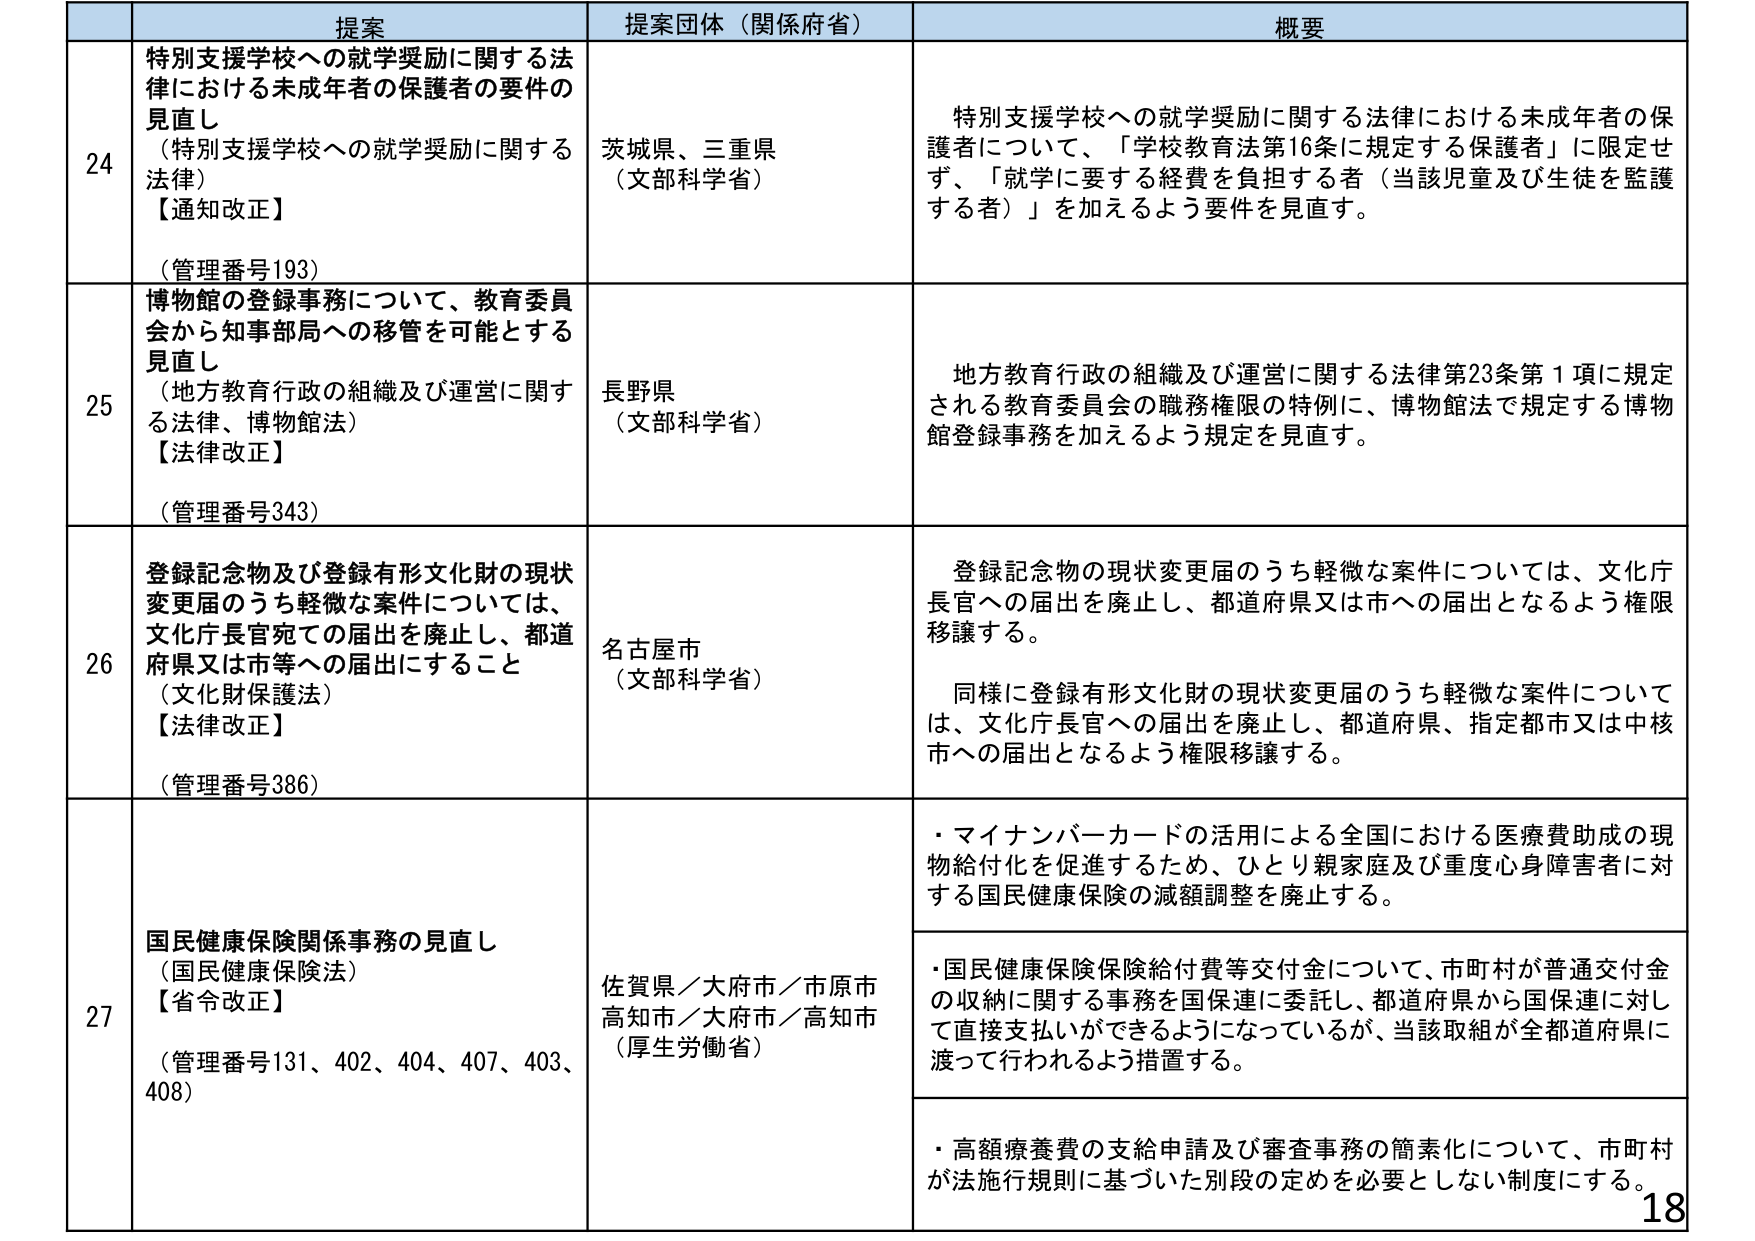
提案
提案団体（関係府省）
概要

24
特別支援学校への就学奨励に関する法律における未成年者の保護者の要件の見直し
（特別支援学校への就学奨励に関する法律）
【通知改正】
（管理番号193）
茨城県、三重県
（文部科学省）
特別支援学校への就学奨励に関する法律における未成年者の保護者について、「学校教育法第16条に規定する保護者」に限定せず、「就学に要する経費を負担する者（当該児童及び生徒を監護する者）」を加えるよう要件を見直す。

25
博物館の登録事務について、教育委員会から知事部局への移管を可能とする見直し
（地方教育行政の組織及び運営に関する法律、博物館法）
【法律改正】
（管理番号343）
長野県
（文部科学省）
地方教育行政の組織及び運営に関する法律第23条第1項に規定される教育委員会の職務権限の特例に、博物館法で規定する博物館登録事務を加えるよう規定を見直す。

26
登録記念物及び登録有形文化財の現状変更届のうち軽微な案件については、文化庁長官宛ての届出を廃止し、都道府県又は市等への届出にすること
（文化財保護法）
【法律改正】
（管理番号386）
名古屋市
（文部科学省）
登録記念物の現状変更届のうち軽微な案件については、文化庁長官への届出を廃止し、都道府県又は市への届出となるよう権限移譲する。
同様に登録有形文化財の現状変更届のうち軽微な案件については、文化庁長官への届出を廃止し、都道府県、指定都市又は中核市への届出となるよう権限移譲する。

27
国民健康保険関係事務の見直し
（国民健康保険法）
【省令改正】
（管理番号131、402、404、407、403、408）
佐賀県／大府市／市原市
高知市／大府市／高知市
（厚生労働省）
・マイナンバーカードの活用による全国における医療費助成の現物給付化を促進するため、ひとり親家庭及び重度心身障害者に対する国民健康保険の減額調整を廃止する。
・国民健康保険保険給付費等交付金について、市町村が普通交付金の収納に関する事務を国保連に委託し、都道府県から国保連に対して直接支払いができるようになっているが、当該取組が全都道府県に渡って行われるよう措置する。
・高額療養費の支給申請及び審査事務の簡素化について、市町村が法施行規則に基づいた別段の定めを必要としない制度にする。

18